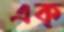
এক্